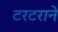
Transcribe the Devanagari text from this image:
टरटराने